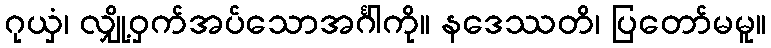
ဂုယှံ၊ လျှို့ဝှက်အပ်သောအင်္ဂါကို။ နဒေဿတိ၊ ပြတော်မမူ။